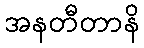
အနတီတာနိ